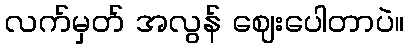
လက်မှတ် အလွန် ဈေးပေါတာပဲ။